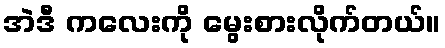
အဲဒီ ကလေးကို မွေးစားလိုက်တယ်။